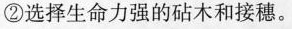
②选择生命力强的砧木和接穗。